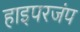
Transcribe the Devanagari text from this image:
हाइपरजंप